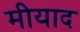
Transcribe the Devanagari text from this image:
मीयाद